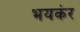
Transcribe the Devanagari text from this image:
भयकंर